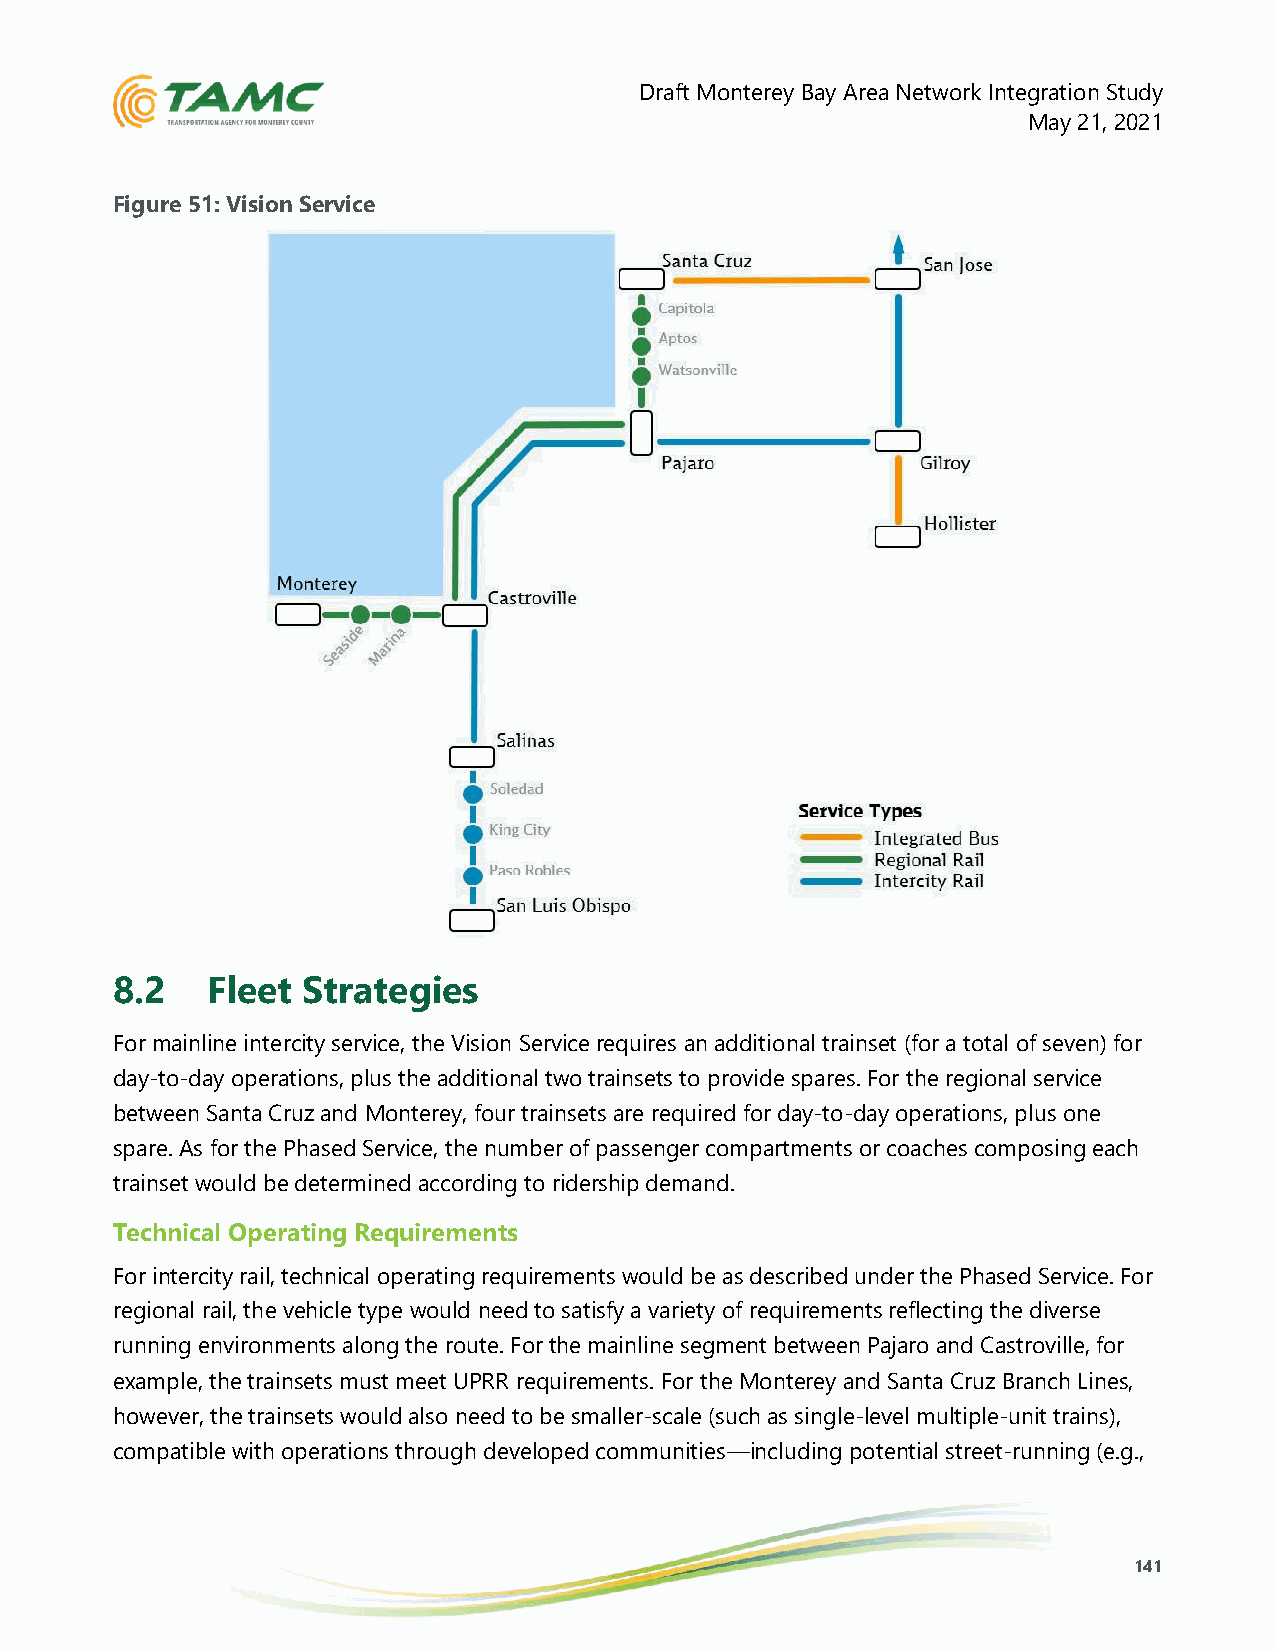
Draft Monterey Bay Area Network Integration Study
 May 21, 2021
 Figure 51: Vision Service
 8.2    Fleet Strategies
 For mainline intercity service, the Vision Service requires an additional trainset (for a total of seven) for
 day-to-day operations, plus the additional two trainsets to provide spares. For the regional service
 between Santa Cruz and Monterey, four trainsets are required for day-to-day operations, plus one
 spare. As for the Phased Service, the number of passenger compartments or coaches composing each
 trainset would be determined according to ridership demand.
 Technical Operating Requirements
 For intercity rail, technical operating requirements would be as described under the Phased Service. For
 regional rail, the vehicle type would need to satisfy a variety of requirements reflecting the diverse
 running environments along the route. For the mainline segment between Pajaro and Castroville, for
 example, the trainsets must meet UPRR requirements. For the Monterey and Santa Cruz Branch Lines,
 however, the trainsets would also need to be smaller-scale (such as single-level multiple-unit trains),
 compatible with operations through developed communities—including potential street-running (e.g.,
 141